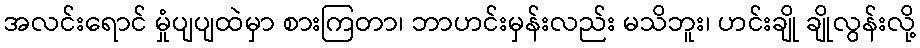
အလင်းရောင် မှုံပျပျထဲမှာ စားကြတာ၊ ဘာဟင်းမှန်းလည်း မသိဘူး၊ ဟင်းချို ချိုလွန်းလို့